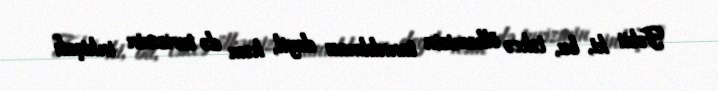
Təbii ki, bu, təkcə ölkəmizin tanıdılması deyil, həm də turizmin inkişafı